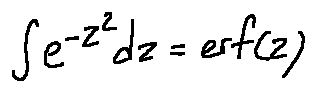
\int e ^ { - z ^ { 2 } } d z = e r f ( z )